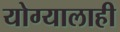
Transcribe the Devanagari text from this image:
योग्यालाही